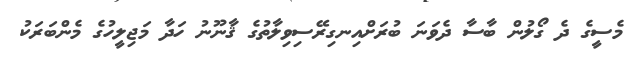
މެސީގެ ދެ ގޯލުން ބާސާ ދެވަނަ ބުރަށްއިނގިރޭސިވިލާތުގެ ޤާނޫނު ހަދާ މަޖިލީހުގެ މެންބަރަކު